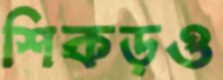
শিকড়ও